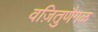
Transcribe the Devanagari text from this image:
वज़ितुणैगळ